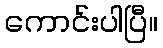
ကောင်းပါပြီ။